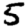
Digit: 5